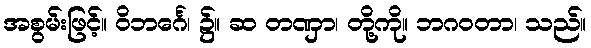
အစွမ်းဖြင့်။ ဝိဘင်္ဂေ၊ ၌။ ဆ တဏှာ၊ တို့ကို။ ဘဂဝတာ၊ သည်။